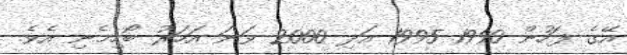
އޭގެ ފަހުން 1990 1995 އަދި 2000 ވަނަ އަހަރު ބޯހިމެނި އެވެ.